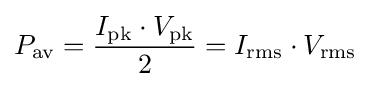
P_{\text{av}}={I_{\text{pk}}\cdot V_{\text{pk}} \over 2}=I_{\text{rms}}\cdot V_{\text{rms}}